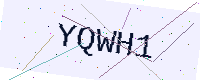
Text: YQWH1